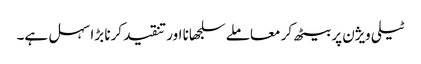
ٹیلی ویژن پر بیٹھ کر معاملے سلجھانا اور تنقید کرنا بڑا سہل ہے۔